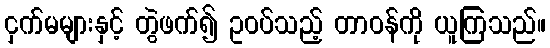
ငှက်မများနှင့် တွဲဖက်၍ ဥဝပ်သည့် တာဝန်ကို ယူကြသည်။